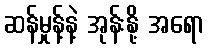
ဆန်မှုန့်နဲ့ အုန်းနို့ အရော